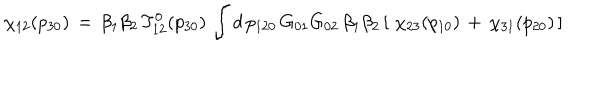
LaTeX: \chi _ { 1 2 } ( p _ { 3 0 } ) \, = \, \beta _ { 1 } \beta _ { 2 } \, T _ { 1 2 } ^ { 0 } ( p _ { 3 0 } ) \, \int d \, p _ { 1 2 0 } \, G _ { 0 1 } G _ { 0 2 } \, \beta _ { 1 } \beta _ { 2 } \, [ \, \, \chi _ { 2 3 } ( p _ { 1 0 } ) \, + \, \chi _ { 3 1 } ( p _ { 2 0 } ) \, ]